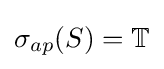
\sigma _{ap}(S)=\mathbb {T}